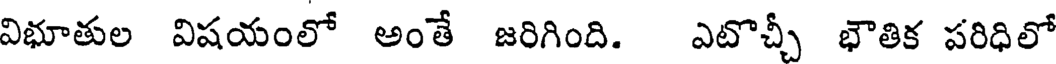
విభూతుల విషయంలో అంతే జరిగింది. ఎటొచ్చీ భౌతిక పరిధిలో